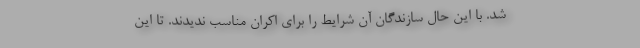
شد. با این حال سازندگان آن شرایط را برای اکران مناسب ندیدند. تا این